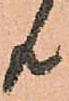
共